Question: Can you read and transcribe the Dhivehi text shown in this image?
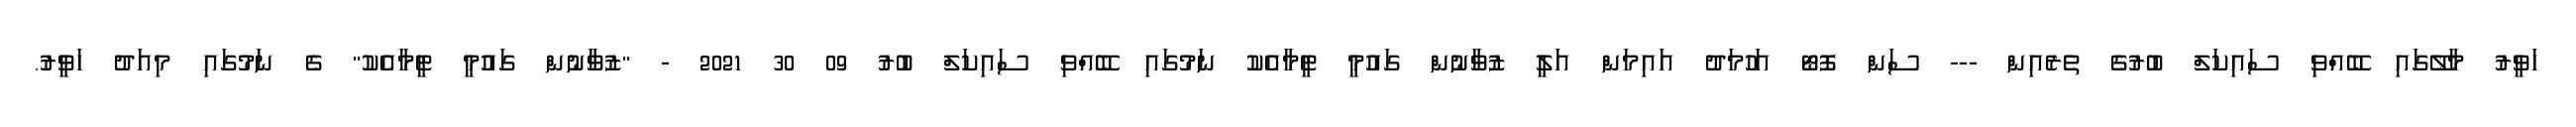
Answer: ހަވީރު މާލޭގައި ބޭއްވި ސައިކަލް ބުރުގެ ތެރެއިން --- ސަން ފޮޓޯ އަހުމަދު އައިމަން އަލީ ޒުވާނުން ގައުމީ ޓީމާއެކު ނަމުގައި ބޭއްވި ސައިކަލް ބުރު 09 30 2021 - "ޒުވާނުން ގައުމީ ޓީމާއެކު" ގެ ނަމުގައި މިއަދު ހަވީރު.